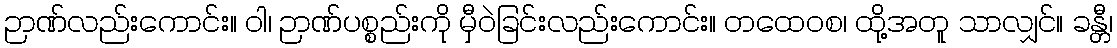
ဉာဏ်လည်းကောင်း။ ဝါ၊ ဉာဏ်ပစ္စည်းကို မှီဝဲခြင်းလည်းကောင်း။ တထေဝစ၊ ထို့အတူ သာလျှင်။ ခန္တီ၊